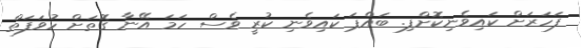
ފަހަރަށް ކައިވެނިކޮށްފި. ބައްޕަ ކައިވެނި ކުރީ ވެސް ހަމަ އޭނާ ގޮތަށް ހުވަފަތް